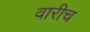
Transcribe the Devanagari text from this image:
वारीच